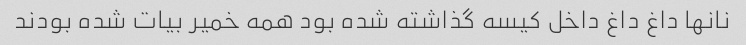
نانها داغ داغ داخل کیسه گذاشته شده بود همه خمیر ‌بیات شده بودند